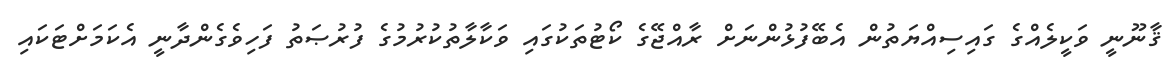
ޤާނޫނީ ވަކީލެއްގެ ގައިސިއްޔަތުން އެބޭފުޅުންނަށް ރާއްޖޭގެ ކޯޓުތަކުގައި ވަކާލާތުކުރުމުގެ ފުރުޞަތު ފަހިވެގެންދާނީ އެކަމަށްޓަކައި